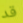
قد